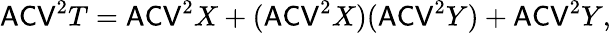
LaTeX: \mathsf{ACV}^{2}T=\mathsf{ACV}^{2}X+(\mathsf{ACV}^{2}X)(\mathsf{ACV}^{2}Y)+\mathsf{ACV}^{2}Y,